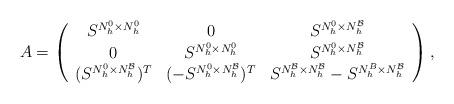
LaTeX: \begin{align*}{A}=\left(\begin{array}{ccc}S^{N_h^0\times N_h^0}&0&S^{N_h^0 \times N_h^\mathcal{B}} \\0&S^{N_h^0\times N_h^0}&S^{N_h^0 \times N_h^\mathcal{B}}\\(S^{N_h^0 \times N_h^\mathcal{B}})^T&(-S^{N_h^0 \times N_h^\mathcal{B}})^T&S^{N_h^\mathcal{B} \times N_h^\mathcal{B}}-S^{N_h^B\times N_h^\mathcal{B}}\end{array}\right),\end{align*}